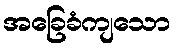
အခြေခံကျသော